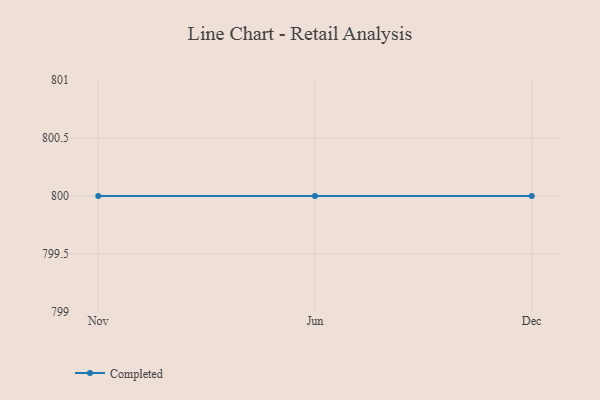
{"axis": {"x": "Month", "y": "Active Users"}, "legend": ["Completed"], "data": [{"x": "Nov", "y": 800, "type": "Completed"}, {"x": "Jun", "y": 800, "type": "Completed"}, {"x": "Dec", "y": 800, "type": "Completed"}]}